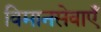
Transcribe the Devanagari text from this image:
विमानसेवाएँ